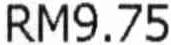
RM9.75